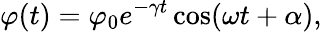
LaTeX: \varphi(t)=\varphi_{0}e^{-\gamma t}\cos(\omega t+\alpha),